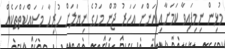
މުޅިން ނިމިފައިވާ ކަމަށާއި އަންނަ އަހަރު ޖޫން މަހުގެ ނިޔަލަށް ހުރިހާ މަސައްކަތްތަކެއް